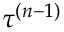
\tau ^ { ( n - 1 ) }